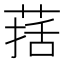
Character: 葀